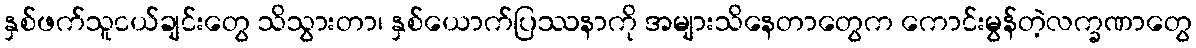
နှစ်ဖက်သူငယ်ချင်းတွေ သိသွားတာ၊ နှစ်ယောက်ပြဿနာကို အများသိနေတာတွေက ကောင်းမွန်တဲ့လက္ခဏာတွေ